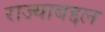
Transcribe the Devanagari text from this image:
राज्याबद्दल